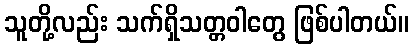
သူတို့လည်း သက်ရှိသတ္တဝါတွေ ဖြစ်ပါတယ်။